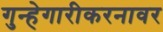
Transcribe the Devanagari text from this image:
गुन्हेगारीकरनावर